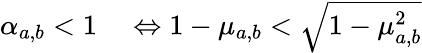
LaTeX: \begin{array}{rl}{\alpha_{a,b}<1}&{{}\Leftrightarrow 1-\mu_{a,b}<\sqrt{1-\mu_{a,b}^{2}}}\end{array}